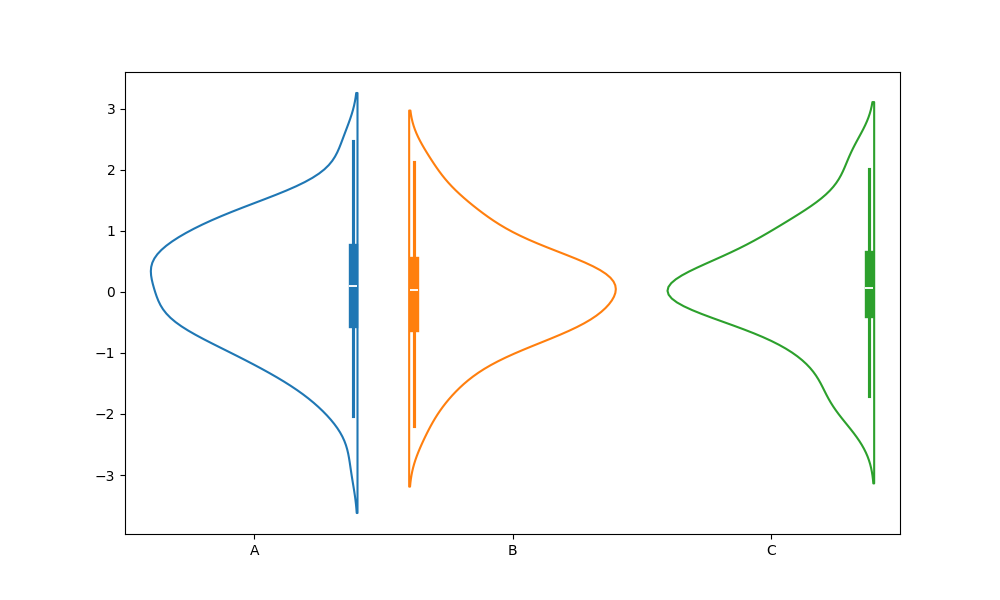
python, seaborn, violinplot, scale='width', split='True', inner='box', fill='False'